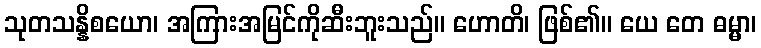
သုတသန္နိစယော၊ အကြားအမြင်ကိုဆီးဘူးသည်။ ဟောတိ၊ ဖြစ်၏။ ယေ တေ ဓမ္မာ၊